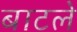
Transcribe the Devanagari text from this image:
बाटले